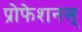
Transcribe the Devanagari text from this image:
प्रोफेशनल्